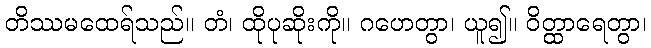
တိဿမထေရ်သည်။ တံ၊ ထိုပုဆိုးကို။ ဂဟေတွာ၊ ယူ၍။ ဝိတ္ထာရေတွာ၊